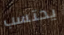
يحتسب